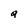
Character: a